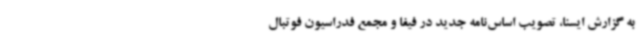
به گزارش ایسنا، تصویب اساس‌نامه جدید در فیفا و مجمع فدراسیون فوتبال